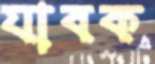
যাবক